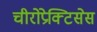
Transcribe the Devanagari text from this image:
चीरोप्रेक्टिसेस